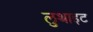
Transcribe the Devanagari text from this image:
लुथाइट